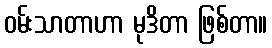
ဝမ်းသာတာဟာ မုဒိတာ ဖြစ်တာ။